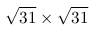
{ \sqrt { 3 1 } } \times { \sqrt { 3 1 } }